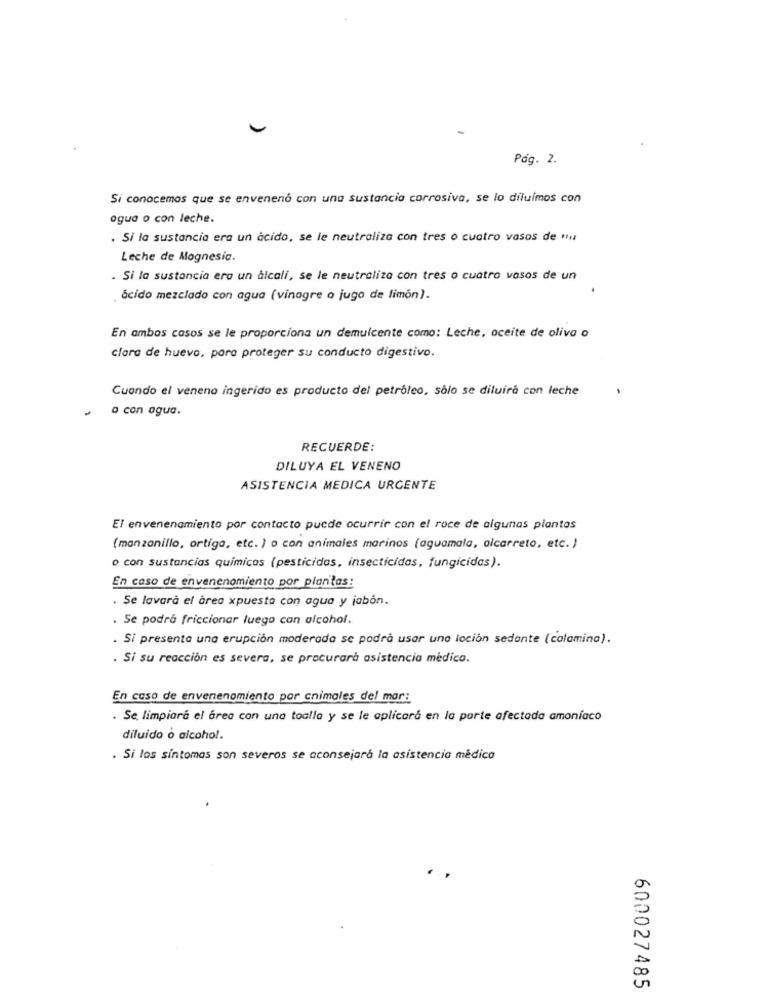
Pág. 2.
Si conocemos que se envenenó con una sustancia corrosiva, se lo diluímos con
agua o con leche.
. Si la sustancia era un acido, se le neutraliza con tres o cuatro vasos de "
Leche de Magnesio.
. Si la sustancia ero un alcali, se le neutraliza con tres o cuatro vasos de un
ácido mezclado con agua (vinagre o jugo de limón).
En ambos casos se le proporciona un demulcente como: Leche, aceite de oliva o
clara de huevo, para proteger su conducto digestivo.
Cuando el veneno ingerido es producto del petróleo, sólo se diluirà con leche
o con agua.
RECUERDE:
DILUYA EL VENENO
ASISTENCIA MEDICA URGENTE
El envenenamiento por contacto puede ocurrir con el roce de algunas plantas
(manzanillo, ortiga, etc. ) o con animales marinos (aguamala, olcarreto, etc. )
o con sustancias químicas (pesticidas, insecticidas, fungicidas).
En caso de envenenamiento por plantas:
. Se lavarà el área xpuesta con agua y jabón.
. Se podrá friccionar luego con alcohol.
. Si presenta una erupción moderada se podrá usar una loción sedante (colamina).
. Si su reacción es severa, se procurará asistencia médico.
En caso de envenenamiento por cnimales del mar:
. Se limpiaré el área con una toalla y se le aplicará en la parte afectada amoníaco
diluido o alcohol.
. Si los síntomas son severos se aconsejará la asistencia médica
600027485